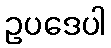
ဥပဒေပါ